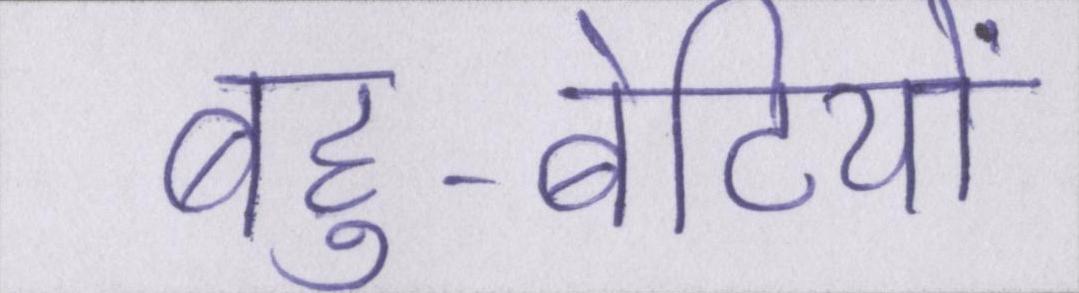
बहु-बेटियों